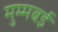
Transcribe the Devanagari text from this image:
मुम्मबई